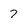
Character: 7